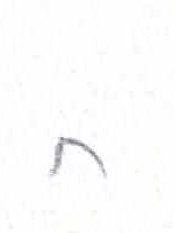
אות: ח